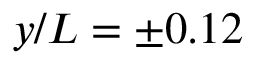
y / L = \pm 0 . 1 2